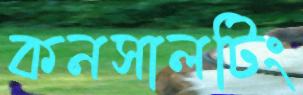
কনসালটিং